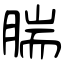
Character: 腨